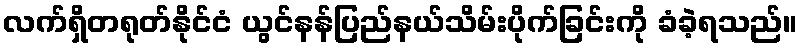
လက်ရှိတရုတ်နိုင်ငံ ယွင်နန်ပြည်နယ်သိမ်းပိုက်ခြင်းကို ခံခဲ့ရသည်။